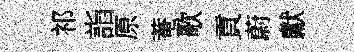
祁詣原菴歌貢蔚獻